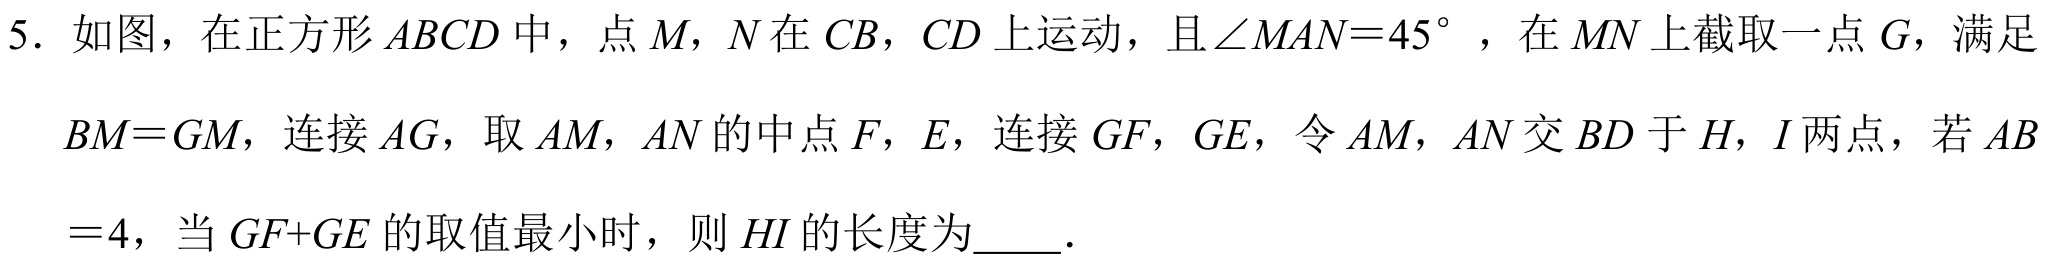
5. 如图，在正方形\(ABCD\)中，点\(M\)，\(N\)在\(CB\)，\(CD\)上运动，且\(\angle MAN = 45^{\circ}\)，在\(MN\)上截取一点\(G\)，满足\(BM = GM\)，连接\(AG\)，取\(AM\)，\(AN\)的中点\(F\)，\(E\)，连接\(GF\)，\(GE\)，令\(AM\)，\(AN\)交\(BD\)于\(H\)，\(I\)两点，若\(AB = 4\)，当\(GF + GE\)的取值最小时，则\(HI\)的长度为  ．